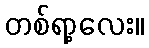
တစ်ရာ့လေး။